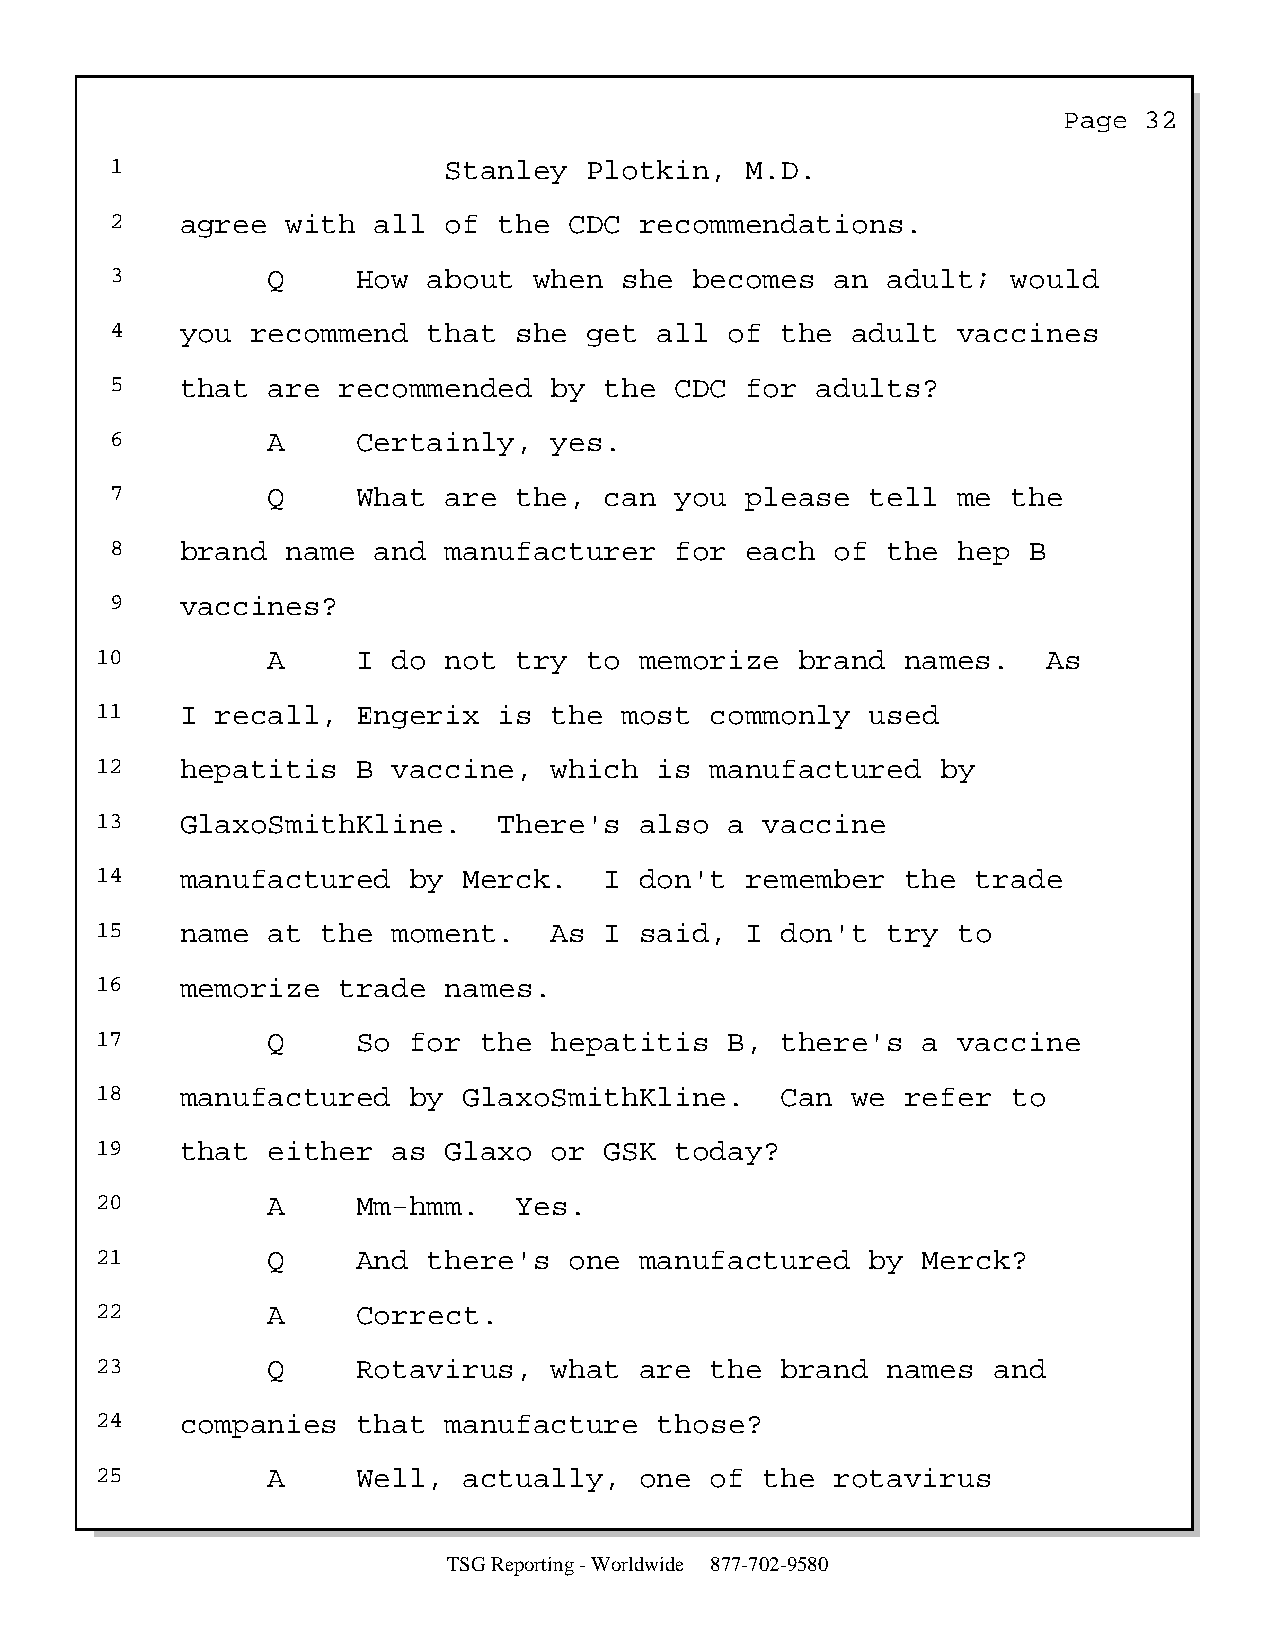
Page  32
 1                     Stanley   Plotkin,  M.D.
 2    agree  with  all of  the  CDC recommendations.
 3          Q     How about  when  she  becomes  an  adult;  would
 4    you  recommend  that  she  get  all of  the adult  vaccines
 5    that  are recommended   by  the  CDC for  adults?
 6          A     Certainly,  yes.
 7          Q     What are  the,  can  you please   tell me  the
 8    brand  name  and manufacturer    for each  of  the hep  B
 9    vaccines?
 10          A     I do not  try  to memorize   brand  names.   As
 11    I recall,   Engerix  is the  most  commonly   used
 12    hepatitis   B vaccine,  which   is manufactured   by
 13    GlaxoSmithKline.     There's  also  a  vaccine
 14    manufactured   by  Merck.   I don't  remember   the  trade
 15    name  at the  moment.   As  I said,  I  don't  try to
 16    memorize  trade  names.
 17          Q     So for  the hepatitis   B,  there's  a vaccine
 18    manufactured   by  GlaxoSmithKline.     Can we  refer  to
 19    that  either  as Glaxo  or  GSK  today?
 20          A     Mm-hmm.   Yes.
 21          Q     And there's   one manufactured    by Merck?
 22          A     Correct.
 23          Q     Rotavirus,  what  are  the  brand  names  and
 24    companies   that manufacture    those?
 25          A     Well,  actually,  one  of  the rotavirus
 TSG Reporting - Worldwide 877-702-9580